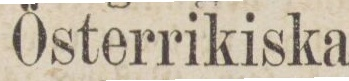
Österrikiska